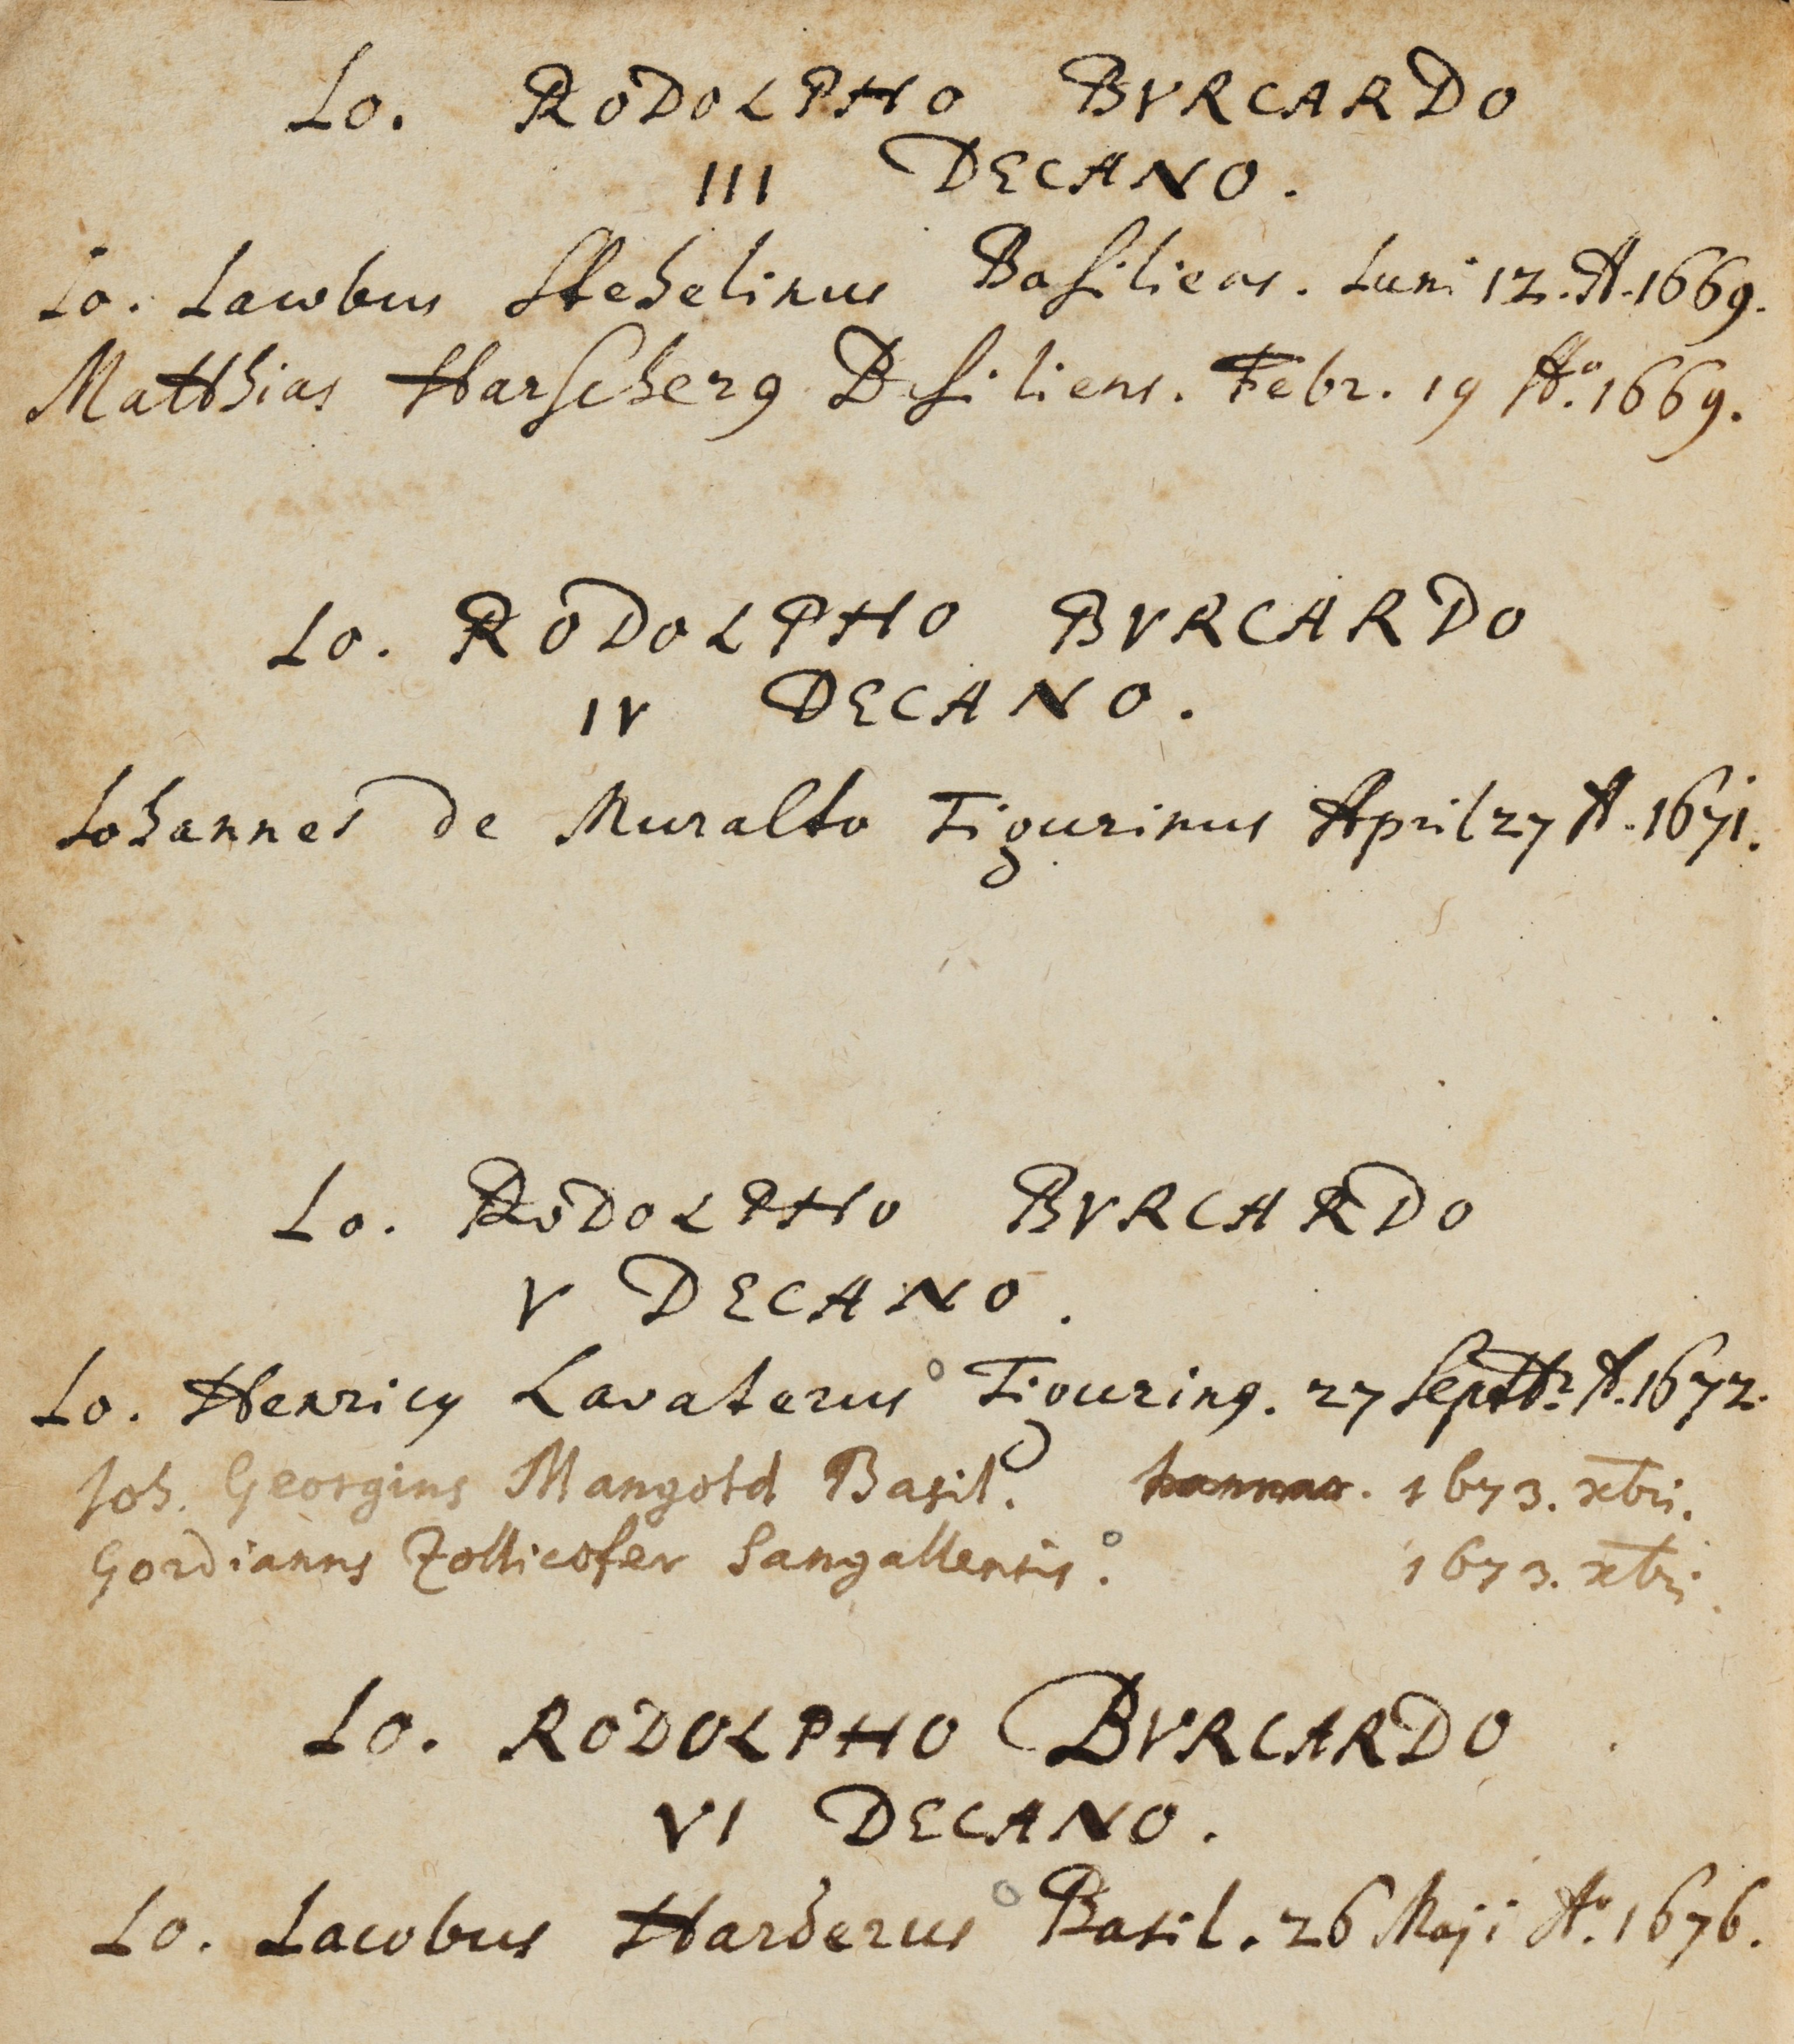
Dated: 1559–1800